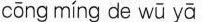
cōng míng de wū yā